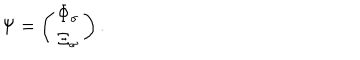
\Psi = \left( \begin{matrix} { { \Phi _ { \sigma } } } \\ { { \Xi _ { \sigma } } } \\ \end{matrix} \right) .